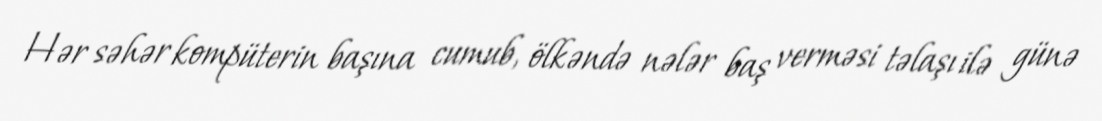
Hər səhər kompüterin başına cumub, ölkəndə nələr baş verməsi təlaşı ilə günə